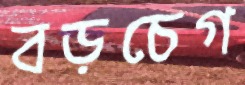
বড়চেগ